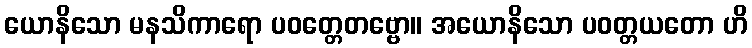
ယောနိသော မနသိကာရော ပဝတ္တေတဗ္ဗော။ အယောနိသော ပဝတ္တယတော ဟိ